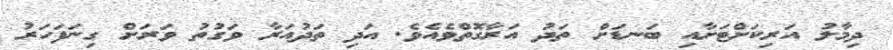
ދިމާލު އަރިކަށްޓަށާއި ބަނޑަށް ތަދު އަރާގޮތްވެއެވެ. އަދި ތަދުއަރާ ވަގުތު ވަރަށް ގިނަފަހަރު